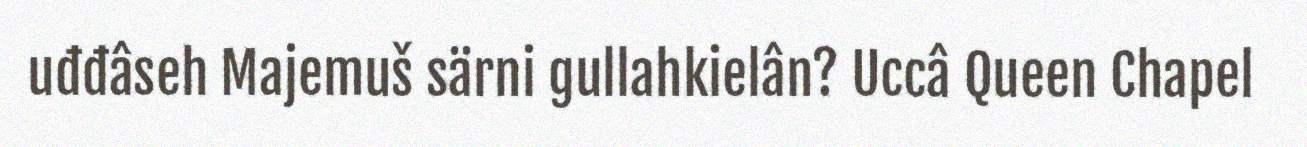
uđđâseh Majemuš särni gullahkielân? Uccâ Queen Chapel